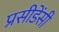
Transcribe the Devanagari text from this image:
प्रसीडेंसी